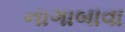
નાગાબાવા